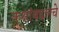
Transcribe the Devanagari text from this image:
कक्षांबद्दलचे